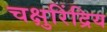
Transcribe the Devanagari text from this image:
चक्षुरिंद्रिय